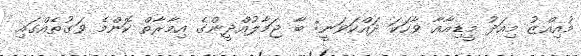
މުއިއްޒު މިއަދު މީޑިއާއާ ވާހަކަ ދައްކަވަނީ: ބާ ޖަމާލުއްދީންގެ އިމާރާތް ކޮންމެ ވަގުތެއްގައި